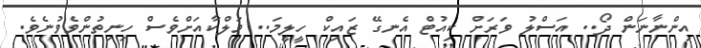
އިންނާނަން ދޯ.. އަސްލު ވަރަށް ކިއުޓް އެނގޭ ޒައިކް ހީލީމަ.. މަލްކާއަށްވެސް ހިނިތުންވެވުނެވެ.